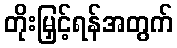
တိုးမြှင့်ရန်အတွက်